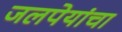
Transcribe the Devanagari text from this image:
जलपेयांचा